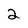
Character: 2